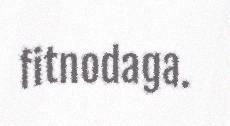
fitnodaga.